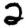
Digit: 2